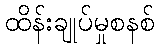
ထိန်းချုပ်မှုစနစ်